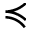
\preccurlyeq